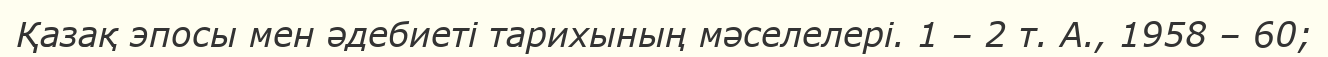
Қазақ эпосы мен әдебиеті тарихының мәселелері. 1 – 2 т. А., 1958 – 60;